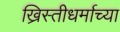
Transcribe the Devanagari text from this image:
ख्रिस्तीधर्माच्या